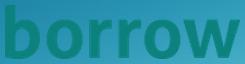
borrow